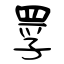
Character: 罦